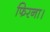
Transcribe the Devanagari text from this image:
फिरना।